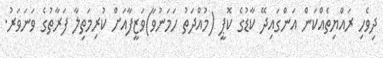
ދިވެހި ރައްޔިތެއްކަން އަންގައިދޭ ކާޑުގެ ކޮޕީ (މުއްދަތު ހަމަނުވާ)ވަޒީފާއަށް ކުރިމަތިލާ ފަރާތުގެ ވަނަވަރު.